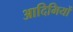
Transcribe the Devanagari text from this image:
आदिमियों